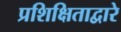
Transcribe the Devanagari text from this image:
प्रशिक्षिताद्वारे